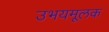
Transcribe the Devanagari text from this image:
उभयमूलक